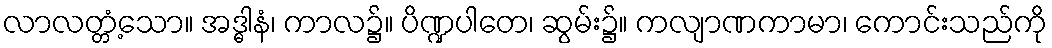
လာလတ္တံ့သော။ အဒ္ဓါနံ၊ ကာလ၌။ ပိဏ္ဍပါတေ၊ ဆွမ်း၌။ ကလျာဏကာမာ၊ ကောင်းသည်ကို